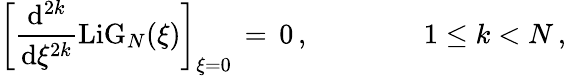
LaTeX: \begin{array}{l}{\displaystyle\left[\frac{\mathrm{d}^{2k}}{\mathrm{d}\xi^{2k}}\mathrm{LiG}_{N}(\xi)\right]_{\xi=0}\, =\, 0\, ,\qquad\qquad 1\le k<N\, ,}\end{array}